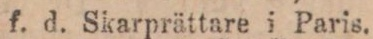
f. d. Skarprättare i Paris.